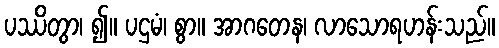
ပဿိတွာ၊ ၍။ ပဌမံ၊ စွာ။ အာဂတေန၊ လာသောရဟန်းသည်။